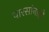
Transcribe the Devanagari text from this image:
वारसांनाही